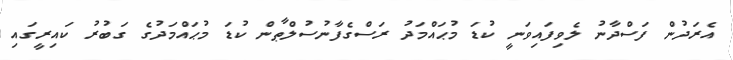
އެރަދުން ފަސްދާނު ލެވިފައިވަނީ ކުޑަ މުޙައްމަދު ރަސްގެފާނުސުލްޠާން ކުޑަ މުޙައްމަދުގެ ގަބުރު ކައިރީގައި